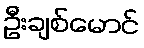
ဦးချစ်မောင်